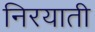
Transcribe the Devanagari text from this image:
निरयाती